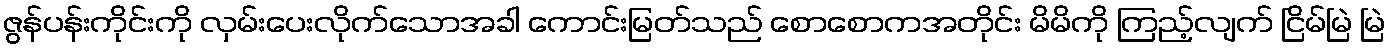
ဇွန်ပန်းကိုင်းကို လှမ်းပေးလိုက်သောအခါ ကောင်းမြတ်သည် စောစောကအတိုင်း မိမိကို ကြည့်လျက် ငြိမ်မြဲ မြဲ